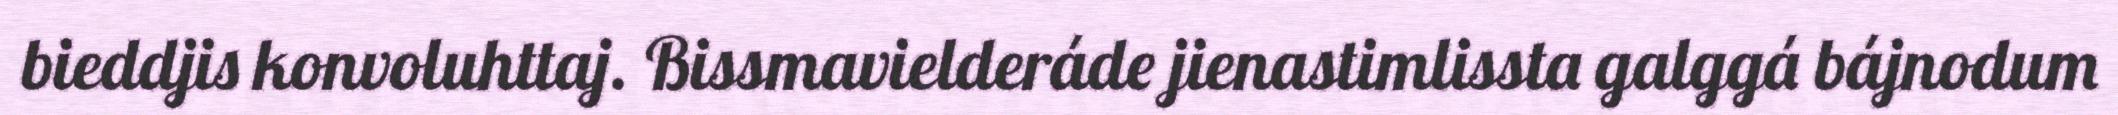
bieddjis konvoluhttaj. Bissmavielderáde jienastimlissta galggá bájnodum